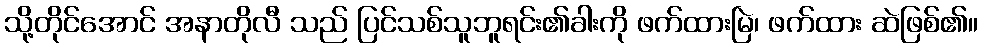
သို့တိုင်အောင် အနာတိုလီ သည် ပြင်သစ်သူဘူရင်း၏ခါးကို ဖက်ထားမြဲ၊ ဖက်ထား ဆဲဖြစ်၏။